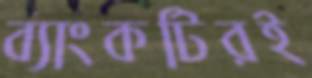
ব্যাংকটিরই